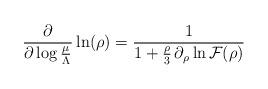
LaTeX: \begin{align*}\frac{\partial}{\partial \log \frac{\mu}{\Lambda}}\ln (\rho)=\frac{1}{1+ \frac{\rho}{3}\, \partial_{\rho}\ln {\cal F}(\rho)}\end{align*}